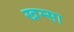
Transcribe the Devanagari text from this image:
खम्सा